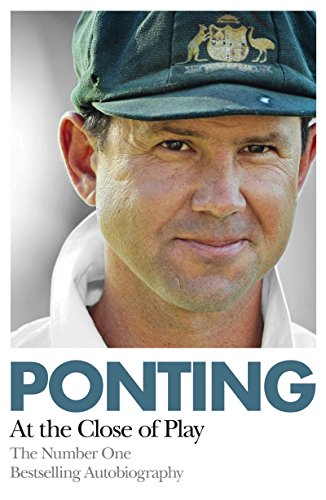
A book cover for Ponting: At the Close of Play; Ricky Ponting; Sports & Outdoors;